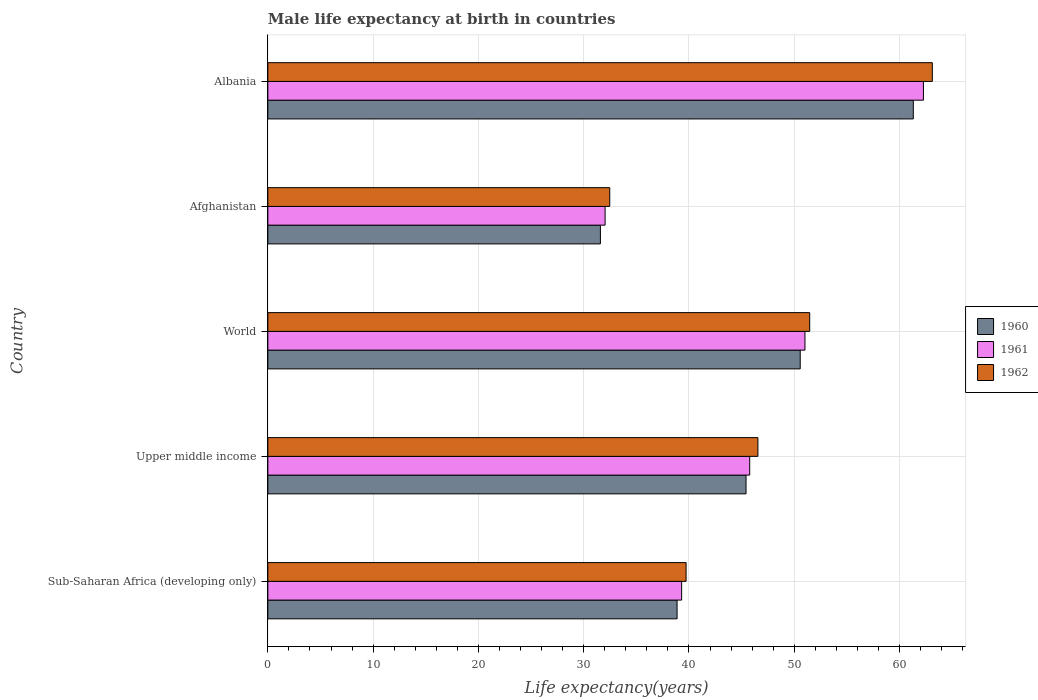
| Country | 1960 | 1961 | 1962 |
 | --- | --- | --- | --- |
 | Sub-Saharan Africa (developing only) | 38.9 | 39.3 | 39.7 |
 | Upper middle income | 45.4 | 45.8 | 46.5 |
 | World | 50.6 | 51 | 51.5 |
 | Afghanistan | 31.6 | 32 | 32.5 |
 | Albania | 61.3 | 62.3 | 63.1 |